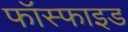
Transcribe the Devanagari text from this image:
फॉस्फाइड